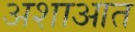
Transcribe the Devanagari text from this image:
अशाआत